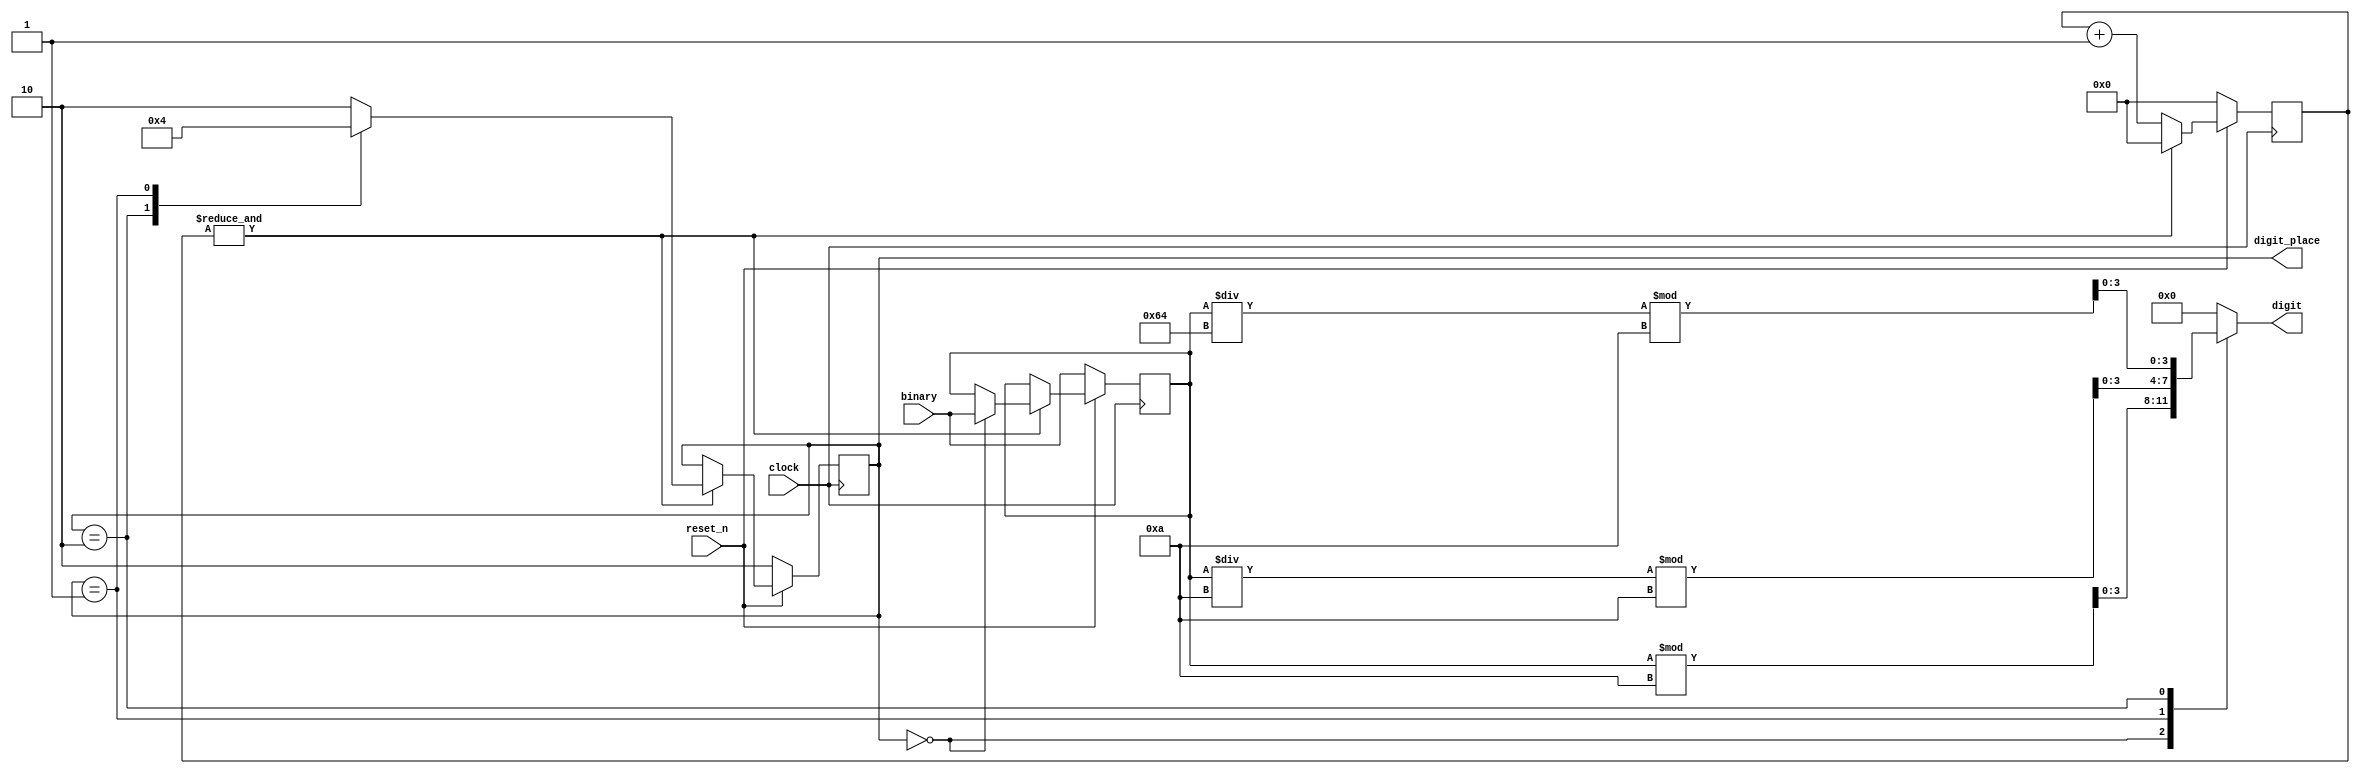
module binary_to_bcd (
    input wire reset_n,
    input wire clock,

    input wire [15:0] binary,
    output wire [3:0] digit,

    output reg [1:0] digit_place
);
    parameter clock_cycles_pow2 = 14;

    reg [clock_cycles_pow2 - 1:0] clock_counter;

    reg [15:0] binary_reg;

    always @(posedge clock) begin
        if (reset_n == 1'b0) begin
            digit_place <= 2;
            clock_counter <= 0;
            binary_reg <= binary;
        end else if (&clock_counter) begin
            clock_counter <= 0;
            case (digit_place)
                2: digit_place <= 1;
                1: digit_place <= 0;
                0: begin
                    digit_place <= 2;
                    binary_reg <= binary;
                end
                default: digit_place <= 2;
            endcase
        end else begin
            clock_counter <= clock_counter + 1;
        end
    end

    reg [15:0] digit_8;
    assign digit = digit_8[3:0];

    always @(*) begin
        case (digit_place)
            0: digit_8 = binary_reg % 10;
            1: digit_8 = (binary_reg / 10) % 10;
            2: digit_8 = (binary_reg / 100) % 10;
            default: digit_8 = 16'b1000000000000000;
        endcase
    end

    wire _unused = &{1'b0, digit_8[15:4], 1'b0};
endmodule